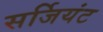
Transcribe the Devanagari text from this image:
सर्जियंट